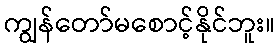
ကျွန်တော်မစောင့်နိုင်ဘူး။